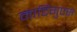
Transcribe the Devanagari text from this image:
मार्टिगुएस